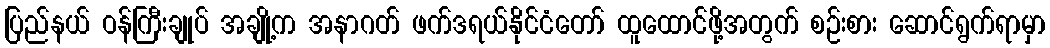
ပြည်နယ် ဝန်ကြီးချုပ် အချို့က အနာဂတ် ဖက်ဒရယ်နိုင်ငံတော် ထူထောင်ဖို့အတွက် စဉ်းစား ဆောင်ရွက်ရာမှာ